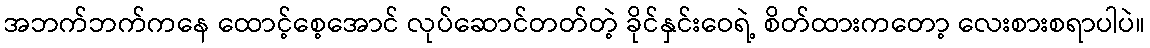
အဘက်ဘက်ကနေ ထောင့်စေ့အောင် လုပ်ဆောင်တတ်တဲ့ ခိုင်နှင်းဝေရဲ့ စိတ်ထားကတော့ လေးစားစရာပါပဲ။